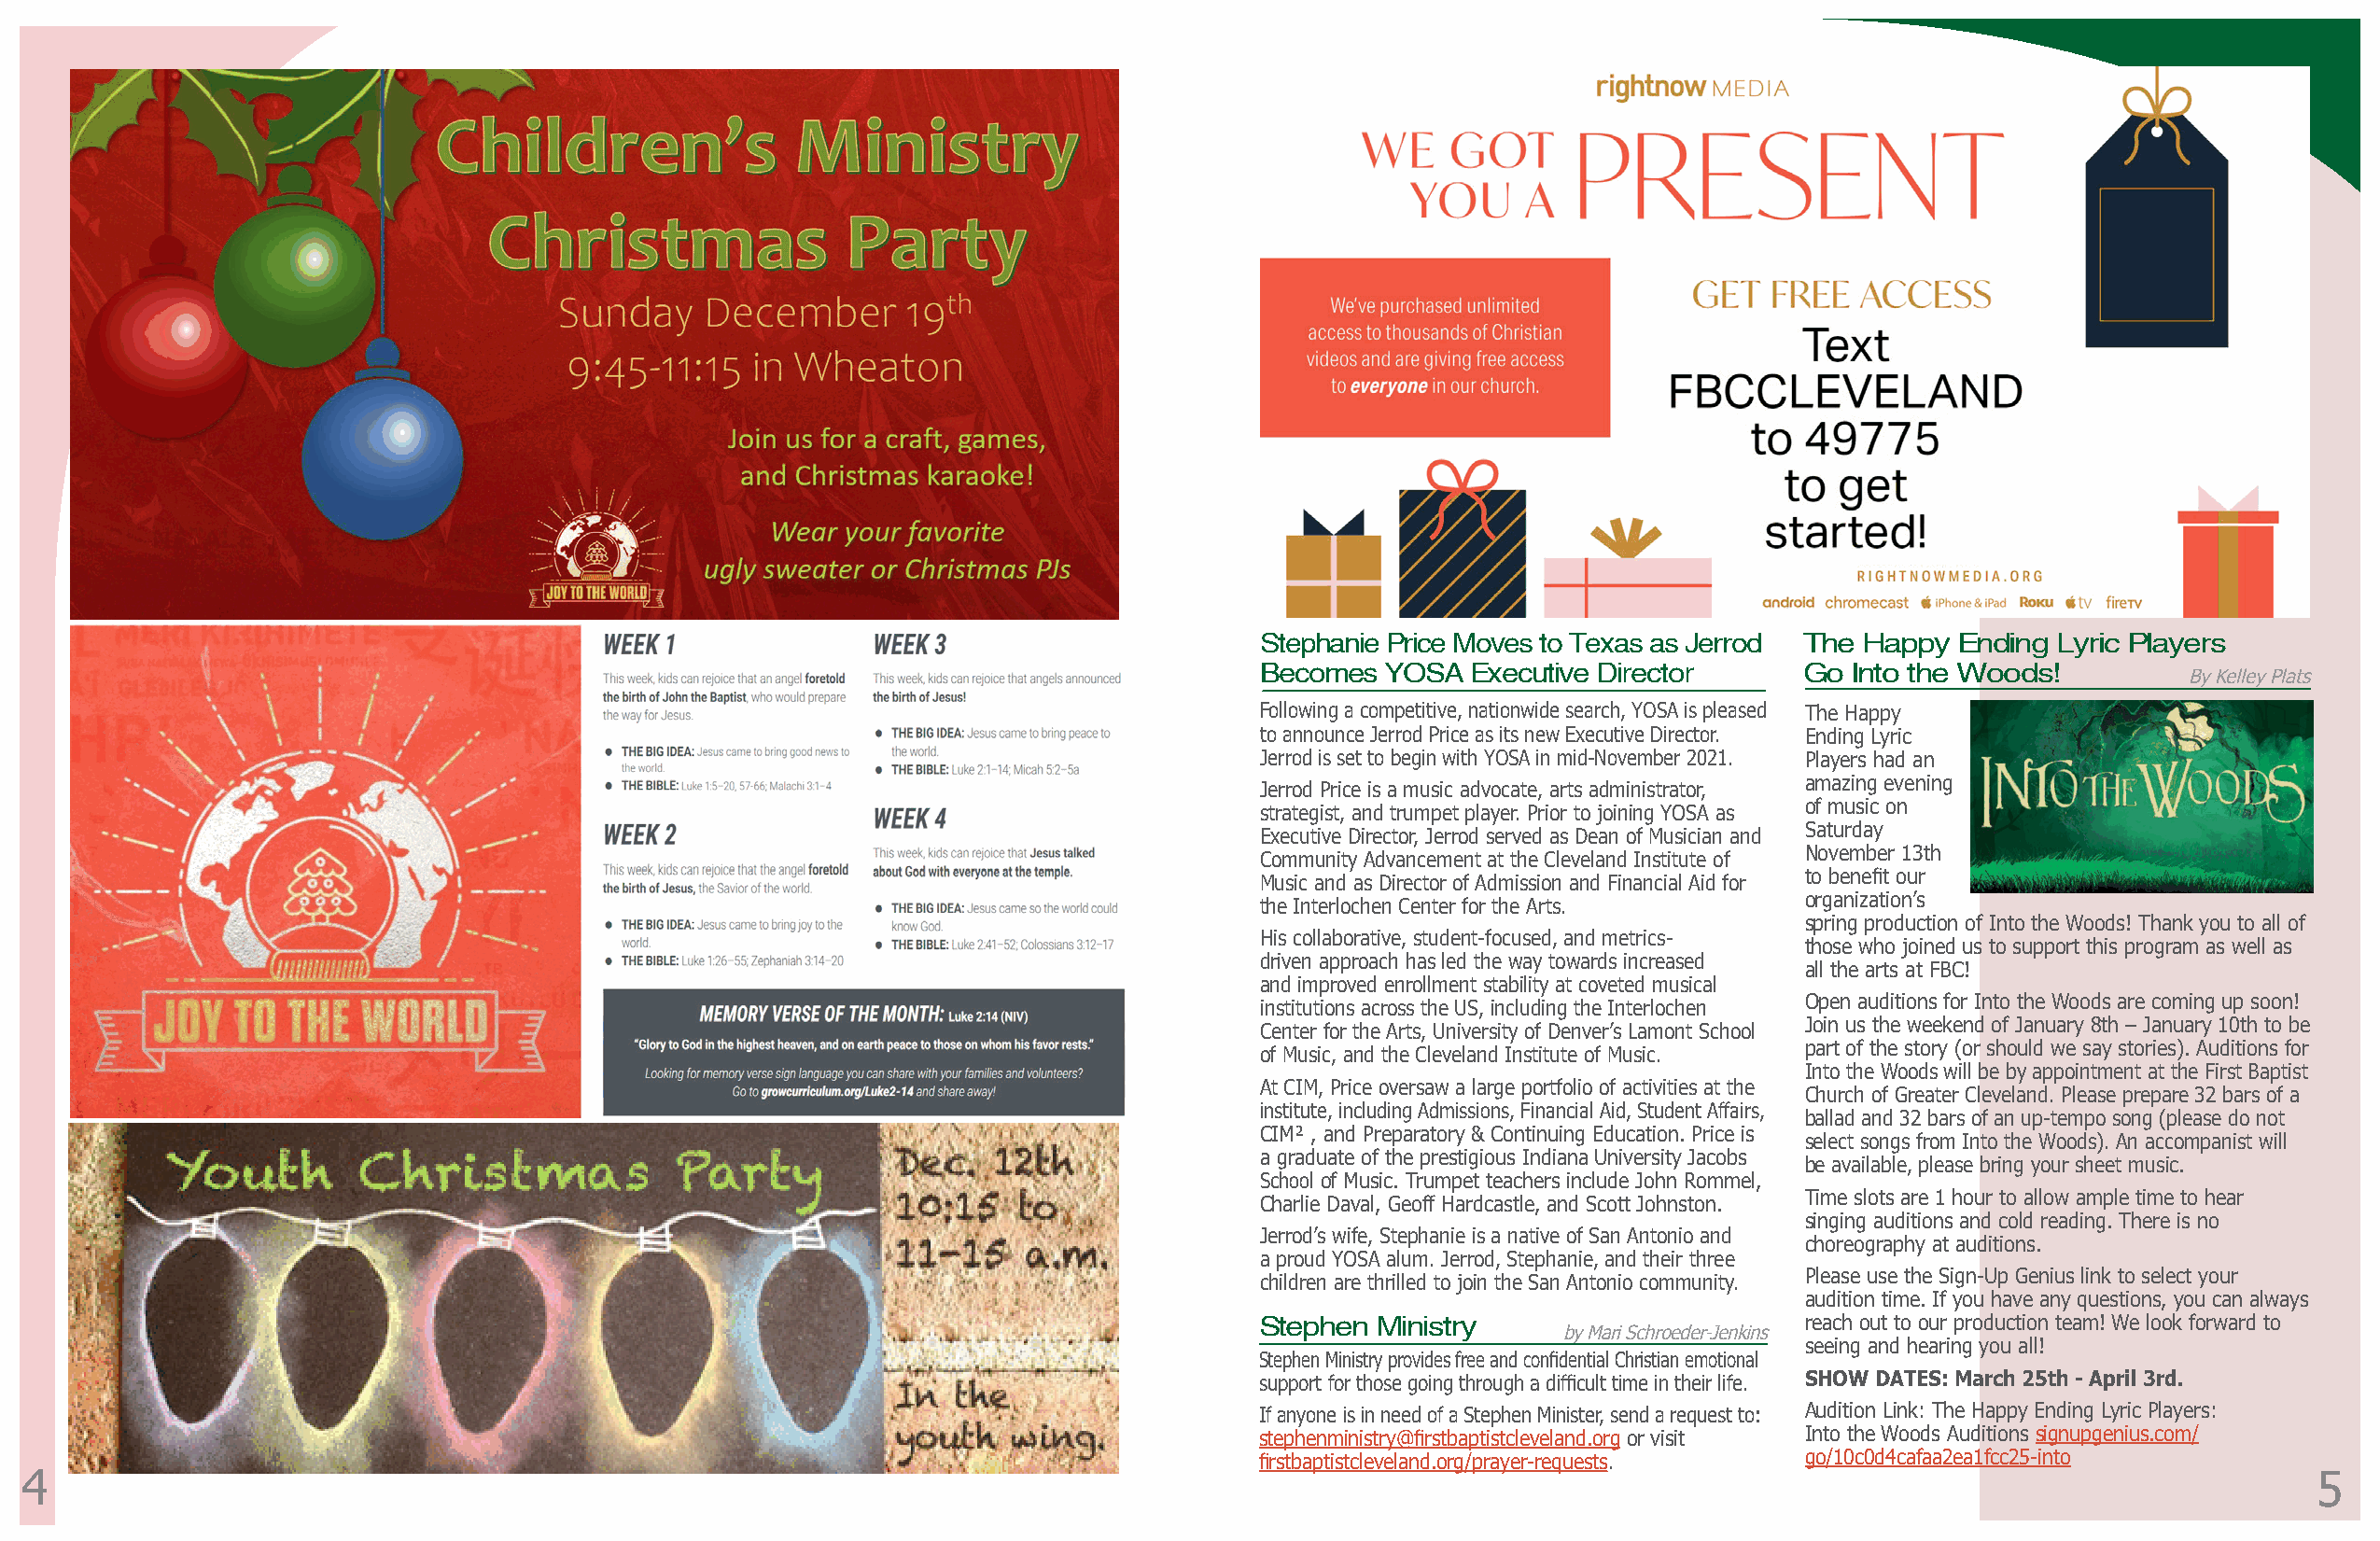
Stephanie Price Moves to Texas as Jerrod The Happy Ending Lyric Players
 Becomes  YOSA  Executive Director      Go Into the Woods!
 By Kelley Plats
 Following a competitive, nationwide search, YOSA is pleased The Happy
 to announce Jerrod Price as its new Executive Director. Ending Lyric
 Jerrod is set to begin with YOSA in mid-November 2021. Players had an
 amazing evening
 Jerrod Price is a music advocate, arts administrator,
 of music on
 strategist, and trumpet player. Prior to joining YOSA as
 Saturday
 Executive Director, Jerrod served as Dean of Musician and
 November 13th
 Community Advancement at the Cleveland Institute of
 to benefit our
 Music and as Director of Admission and Financial Aid for
 organization’s
 the Interlochen Center for the Arts.
 spring production of Into the Woods! Thank you to all of
 His collaborative, student-focused, and metrics-
 those who joined us to support this program as well as
 driven approach has led the way towards increased
 all the arts at FBC!
 and improved enrollment stability at coveted musical
 Open auditions for Into the Woods are coming up soon!
 institutions across the US, including the Interlochen
 Join us the weekend of January 8th – January 10th to be
 Center for the Arts, University of Denver’s Lamont School
 part of the story (or should we say stories). Auditions for
 of Music, and the Cleveland Institute of Music.
 Into the Woods will be by appointment at the First Baptist
 At CIM, Price oversaw a large portfolio of activities at the
 Church of Greater Cleveland. Please prepare 32 bars of a
 institute, including Admissions, Financial Aid, Student Affairs,
 ballad and 32 bars of an up-tempo song (please do not
 CIM² , and Preparatory & Continuing Education. Price is
 select songs from Into the Woods). An accompanist will
 a graduate of the prestigious Indiana University Jacobs
 be available, please bring your sheet music.
 School of Music. Trumpet teachers include John Rommel,
 Time slots are 1 hour to allow ample time to hear
 Charlie Daval, Geoff Hardcastle, and Scott Johnston.
 singing auditions and cold reading. There is no
 Jerrod’s wife, Stephanie is a native of San Antonio and
 choreography at auditions.
 a proud YOSA alum. Jerrod, Stephanie, and their three
 Please use the Sign-Up Genius link to select your
 children are thrilled to join the San Antonio community.
 audition time. If you have any questions, you can always
 Stephen  Ministry                      reach out to our production team! We look forward to
 by Mari Schroeder-Jenkins
 seeing and hearing you all!
 Stephen Ministry provides free and confidential Christian emotional
 support for those going through a difficult time in their life. SHOW DATES: March 25th - April 3rd.
 If anyone is in need of a Stephen Minister, send a request to: Audition Link: The Happy Ending Lyric Players:
 stephenministry@firstbaptistcleveland.org or visit Into the Woods Auditions signupgenius.com/
 firstbaptistcleveland.org/prayer-requests. go/10c0d4cafaa2ea1fcc25-into
 4                                                                                                                                                                 5